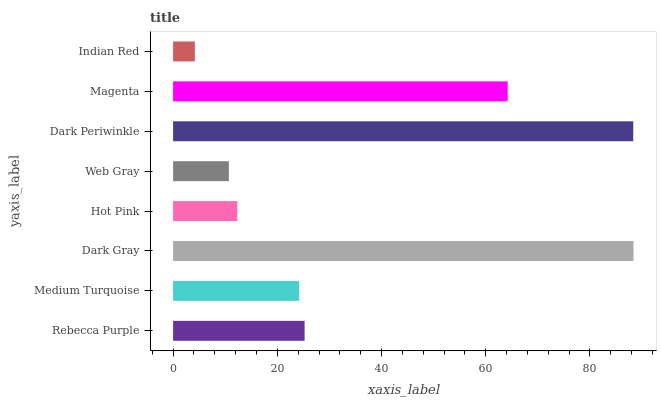
| yaxis_label | bars |
 | --- | --- |
 | Rebecca Purple | 25.2 |
 | Medium Turquoise | 24.2 |
 | Dark Gray | 88.3 |
 | Hot Pink | 12.3 |
 | Web Gray | 10.7 |
 | Dark Periwinkle | 88.3 |
 | Magenta | 64.2 |
 | Indian Red | 4.18 |